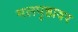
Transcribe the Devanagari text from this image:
मलपृष्ठावर